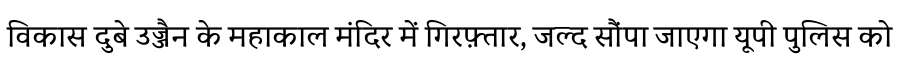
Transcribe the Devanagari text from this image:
विकास दुबे उज्जैन के महाकाल मंदिर में गिरफ़्तार, जल्द सौंपा जाएगा यूपी पुलिस को